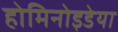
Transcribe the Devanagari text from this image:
होमिनोइडेया